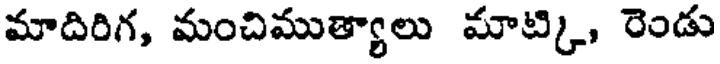
మాదిరిగ, మంచిముత్యాలు మాట్కి, రెండు